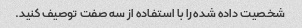
شخصیت داده شده را با استفاده از سه صفت توصیف کنید.